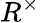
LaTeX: R^{\times}